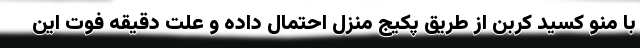
با منو کسید کربن از طریق پکیج منزل احتمال داده و علت دقیقه فوت این